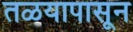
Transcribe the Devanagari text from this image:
तळयापासून